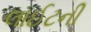
લાઈટની